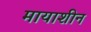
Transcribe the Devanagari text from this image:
मायाशीन